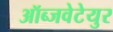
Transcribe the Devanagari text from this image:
ऑब्जवेटेयुर